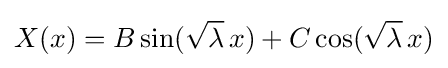
X(x)=B\sin({\sqrt {\lambda }}\,x)+C\cos({\sqrt {\lambda }}\,x)